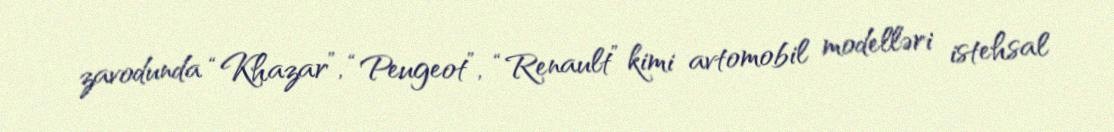
zavodunda “Khazar”, “Peugeot”, “Renault” kimi avtomobil modelləri istehsal